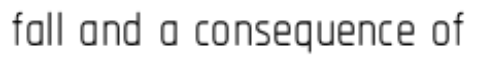
fall and a consequence of